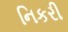
નિકરી